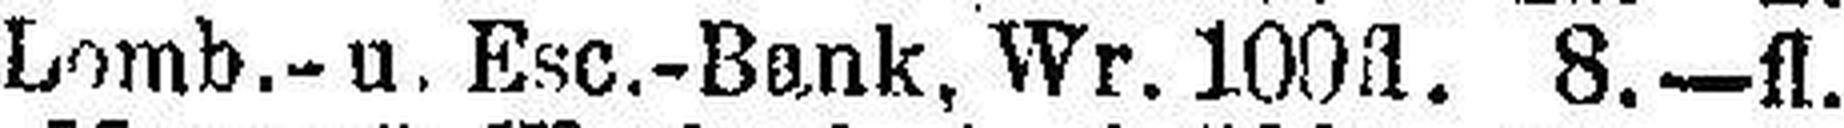
Lomb.- u. Esc.-Bank, Wr. 100fl. 8.—fl.